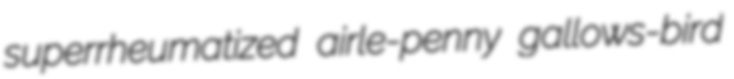
superrheumatized airle-penny gallows-bird